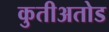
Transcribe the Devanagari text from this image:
कुतीअतोड